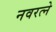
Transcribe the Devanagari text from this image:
नवरत्ने